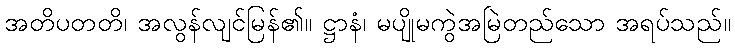
အတိပတတိ၊ အလွန်လျင်မြန်၏။ ဋ္ဌာနံ၊ မပျိုမကွဲအမြဲတည်သော အရပ်သည်။